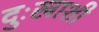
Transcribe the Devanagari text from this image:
दुःखाशी